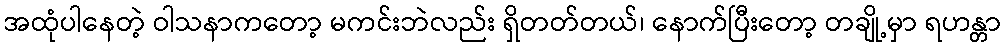
အထုံပါနေတဲ့ ဝါသနာကတော့ မကင်းဘဲလည်း ရှိတတ်တယ်၊ နောက်ပြီးတော့ တချို့မှာ ရဟန္တာ